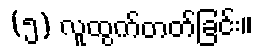
(၅) လူထွက်တတ်ခြင်း။